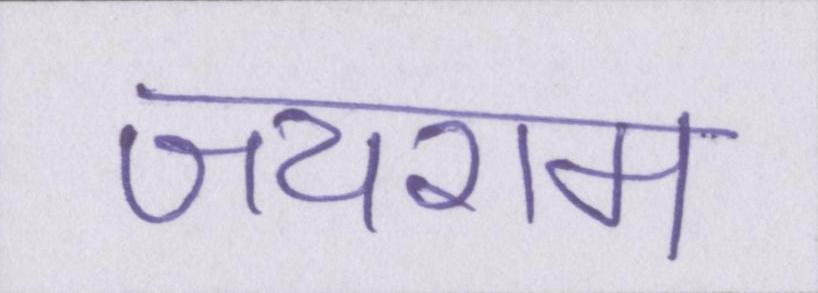
जयराम